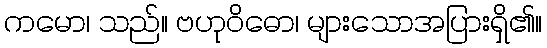
ကမော၊ သည်။ ဗဟုဝိဓော၊ များသောအပြားရှိ၏။